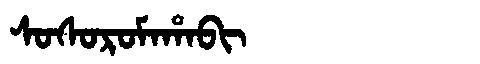
Manchu: ᠰᠣᠰᠣᡵᠣᠮᠠᡥᠠᠪᡳ
Romanization: SOSOROMAHABI